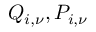
Q _ { i , \nu } , P _ { i , \nu }